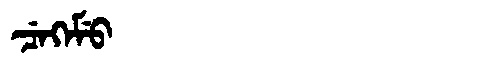
Manchu: ᠴᡝᡴᡝᠮᡠ
Romanization: CEKEMU